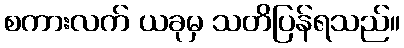
စကားလက် ယခုမှ သတိပြန်ရသည်။